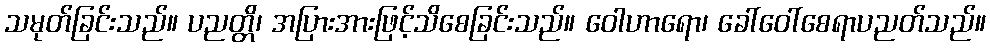
သမုတ်ခြင်းသည်။ ပညတ္တိ၊ အပြားအားဖြင့်သိစေခြင်းသည်။ ဝေါဟာရော၊ ခေါ်ဝေါ်စေရာပညတ်သည်။